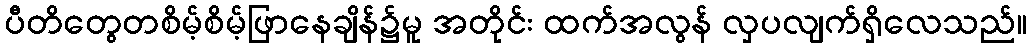
ပီတိတွေတစိမ့်စိမ့်ဖြာနေချိန်၌မူ အတိုင်း ထက်အလွန် လှပလျက်ရှိလေသည်။